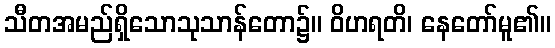
သီတအမည်ရှိသောသုသာန်တော၌။ ဝိဟရတိ၊ နေတော်မူ၏။